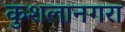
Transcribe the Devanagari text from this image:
कुशलानगरा